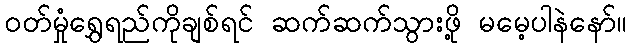
ဝတ်မှုံရွှေရည်ကိုချစ်ရင် ဆက်ဆက်သွားဖို့ မမေ့ပါနဲနော်။